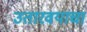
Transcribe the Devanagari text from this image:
उतारवयाचा